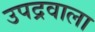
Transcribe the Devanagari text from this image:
उपद्रवाला